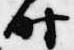
時